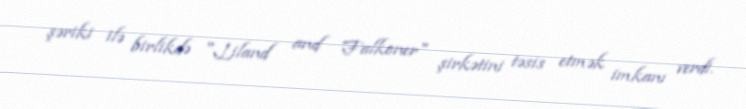
şəriki ilə birlikdə "Liland and Falkoner" şirkətini təsis etmək imkanı verdi.